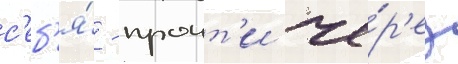
с'еб'я́ - проит'и че́р'ез